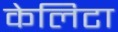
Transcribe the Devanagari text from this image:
केलिटा